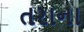
તરાના